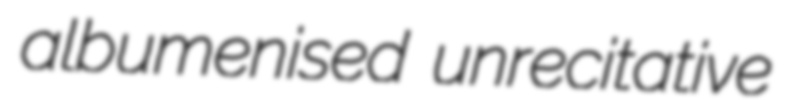
albumenised unrecitative